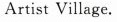
Artist Village.